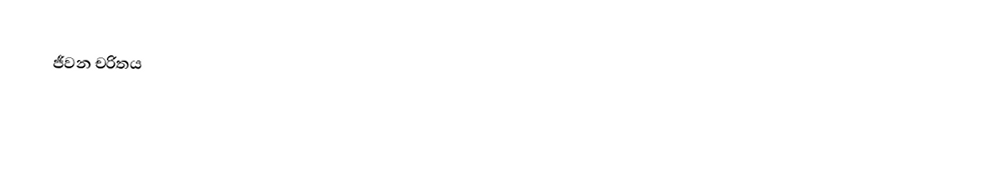
ජීවන චරිතය